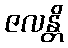
ဇလန္တိ